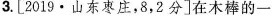
3. [2019·山东枣庄，8，2分]在木棒的一